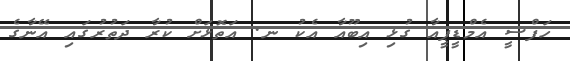
ހަފްސީ އެމްޑީޕީއާ ގުޅި އިބޫއާ އެކު ނ. އަތޮޅަށް ކުރާ ދަތުރުގައި އޭނާގެ